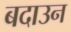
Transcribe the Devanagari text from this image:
बदाउन